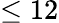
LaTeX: \leq 12